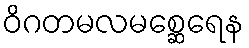
ဝိဂတမလမစ္ဆေရေန